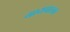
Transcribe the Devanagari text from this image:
गायपालन